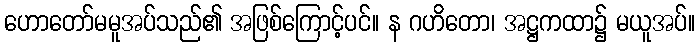
ဟောတော်မမူအပ်သည်၏ အဖြစ်ကြောင့်ပင်။ န ဂဟိတော၊ အဋ္ဌကထာ၌ မယူအပ်။